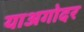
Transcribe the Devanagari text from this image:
याअगोदर